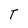
Character: T